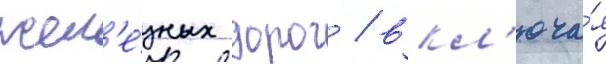
жел'е́зных дорог / вкл'юча́я